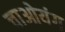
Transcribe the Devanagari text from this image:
चाओयंग